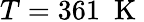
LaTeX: T=361~\mathrm{~K~}